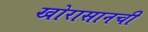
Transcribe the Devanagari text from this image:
खोरासानची